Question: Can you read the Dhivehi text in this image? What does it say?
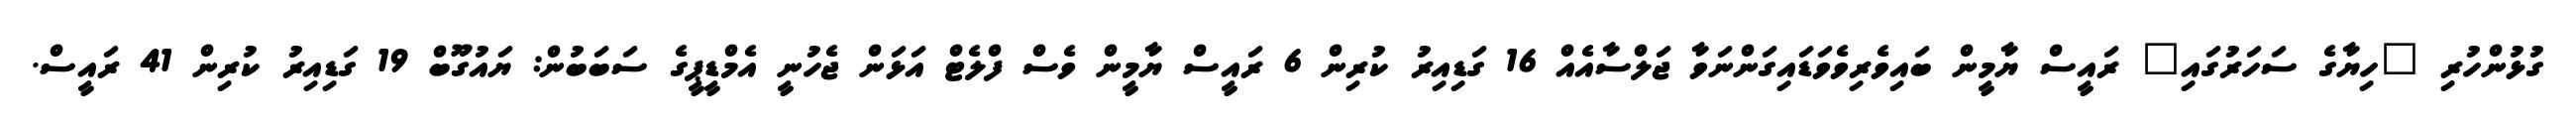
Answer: ގުޅުންހުރި "ހިޔާގެ ސަހަރުގައި" ރައީސް ޔާމީން ބައިވެރިވެވަޑައިގަންނަވާ ޖަލްސާއެއް 16 ގަޑިއިރު ކުރިން 6 ރައީސް ޔާމީން ވެސް ފްލެޓް އަޅަން ޖެހުނީ އެމްޑީޕީގެ ސަބަބުން: ޔައުގޫބް 19 ގަޑިއިރު ކުރިން 41 ރައީސް.